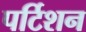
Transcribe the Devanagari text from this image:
पर्टिशन